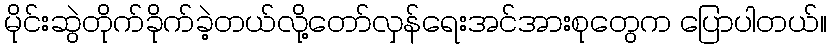
မိုင်းဆွဲတိုက်ခိုက်ခဲ့တယ်လို့တော်လှန်ရေးအင်အားစုတွေက ပြောပါတယ်။